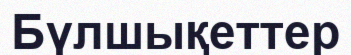
Бүлшықеттер